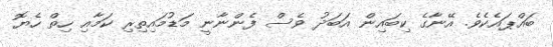
ބައްޕައެކެވެ. އޭނާގެ ކިބައިން އަބަދު ވެސް ފެންނާނީ މަޑުމައިތިރި ކަމާއި ހިތް ހެޔޮ